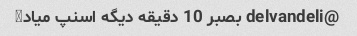
@delvandeli بصبر 10 دقیقه دیگه اسنپ میاد♂